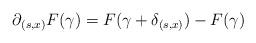
LaTeX: \begin{align*}\partial_{(s,x)}F(\gamma)=F(\gamma+\delta_{(s,x)})-F(\gamma)\end{align*}